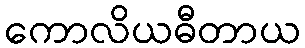
ကောလိယဓီတာယ